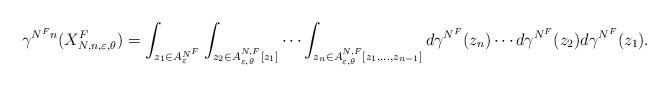
LaTeX: \begin{align*}\gamma^{N^F n }(X_{N,n,\varepsilon,\theta}^{F})=\int_{z_1 \in A^{N^F }_{\varepsilon}} \int_{z_{2} \in A^{N,F}_{\varepsilon,\theta }[z_1]} \cdots \int_{z_n \in A^{N,{F}}_{\varepsilon,\theta}[z_1,\ldots,z_{n-1}]}d\gamma^{N^F}(z_{n}) \cdots d\gamma^{N^F }(z_2) d\gamma^{N^F }(z_1).\end{align*}